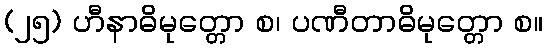
(၂၅) ဟီနာဓိမုတ္တော စ၊ ပဏီတာဓိမုတ္တော စ။